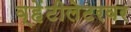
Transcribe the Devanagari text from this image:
व्हेंटीलेटरवर